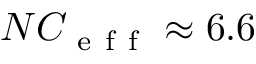
N C _ { \mathrm { ~ e ~ f ~ f ~ } } \approx 6 . 6